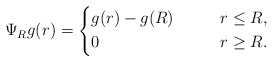
\begin{align*} \Psi_R g(r) = \left\{ \begin{aligned} &g(r) - g(R)\qquad&r\leq R, \\ &0\qquad&r\geq R. \end{aligned}\right. \end{align*}